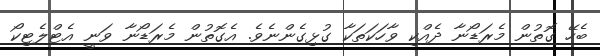
ބެހޭ ގޮތުން މެރަޑޯނާ ދެއްކި ވާހަކަތަކާ ގުޅިގެންނެވެ. އެގޮތުން މެރަޑޯނާ ވަނީ އެޓްލެޓިކޯ